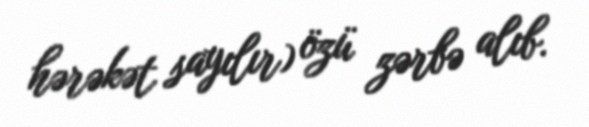
hərəkət sayılır) özü zərbə alıb.